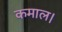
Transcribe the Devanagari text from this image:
कमाल।